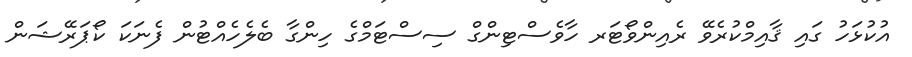
އުކުޅަހު ގައި ޤާއިމްކުރެވޭ ރެއިންވޯޓަރ ހާވެސްޓިންގް ސިސްޓަމްގެ ހިންގާ ބެލެހެއްޓުން ފެނަކަ ކޯޕަރޭޝަން